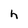
Character: h